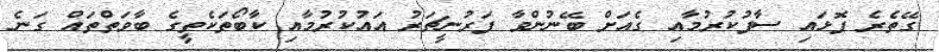
ގޭތެރެ ފޮޅައި ސާފުކުރުމާއި ގެއަށް ބޭނުންވާ ފަރުނީޗަރު އައުކުރުމާއި ކާބޯތަކެތީގެ ބާވަތްތައް ގަނެ